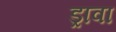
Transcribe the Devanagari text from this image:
ड्रावा